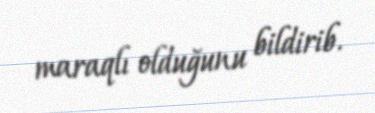
maraqlı olduğunu bildirib.